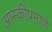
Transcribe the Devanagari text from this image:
आस्कीप्रमाणे